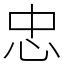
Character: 忠